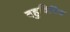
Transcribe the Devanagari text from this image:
बहुविविध